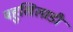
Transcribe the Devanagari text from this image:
बहुखिलाडी